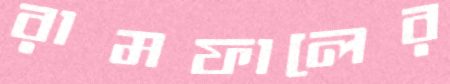
রামফালের